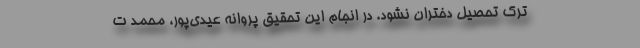
ترک تحصیل دختران نشود. در انجام این تحقیق پروانه عیدی‌پور، محمد ت